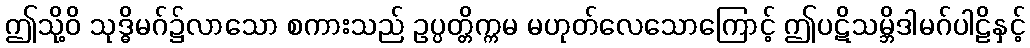
ဤသို့ဝိ သုဒ္ဓိမဂ်၌လာသော စကားသည် ဥပ္ပတ္တိက္ကမ မဟုတ်လေသောကြောင့် ဤပဋိသမ္ဘိဒါမဂ်ပါဠိနှင့်